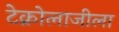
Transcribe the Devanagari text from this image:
टेक्नोलाजीला